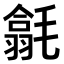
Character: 𣰅